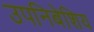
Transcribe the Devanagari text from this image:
उपनिबेशिय